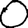
Digit: 0